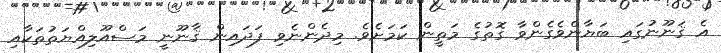
އެ ޤަނޫނުގައި ބަޔާންވެގެންވާ ގޮތުގެ މަތީން ކަމަށެވެ. މިދެންނެވި ފަދައިން ޤާނޫނީ މަސްއޫލިއްޔަތުތަކާއި